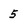
Character: 5